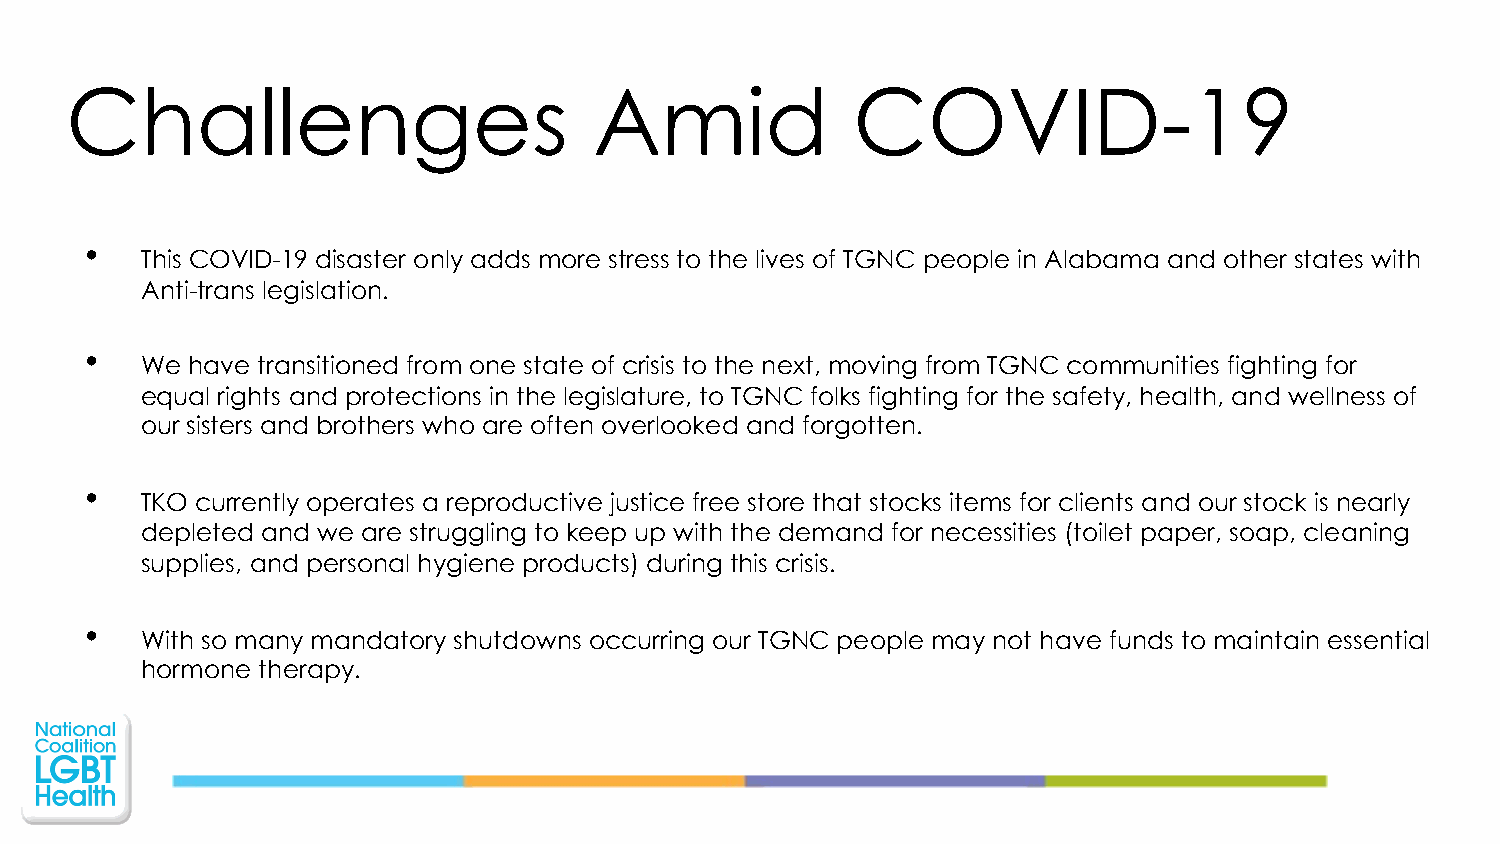
Challenges                         Amid             COVID-19
 •
 This COVID-19 disaster only adds more stress to the lives of TGNC people in Alabama and other states with
 Anti-trans legislation.
 •
 We have transitioned from one state of crisis to the next, moving from TGNC communities fighting for
 equal rights and protections in the legislature, to TGNC folks fighting for the safety, health, and wellness of
 our sisters and brothers who are often overlooked and forgotten.
 •
 TKO currently operates a reproductive justice free store that stocks items for clients and our stock is nearly
 depleted and we are struggling to keep up with the demand for necessities (toilet paper, soap, cleaning
 supplies, and personal hygiene products) during this crisis.
 •
 With so many mandatory shutdowns occurring our TGNC people may not have funds to maintain essential
 hormone therapy.